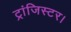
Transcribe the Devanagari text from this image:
ट्रांजिस्टर।